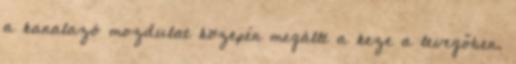
a kanalazó mozdulat közepén megállt a keze a levegőben.